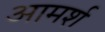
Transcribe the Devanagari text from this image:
आमर्श